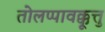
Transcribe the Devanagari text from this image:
तोलप्पावक्कूत्तु